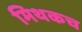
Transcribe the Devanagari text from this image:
मिथकच